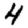
Digit: 4